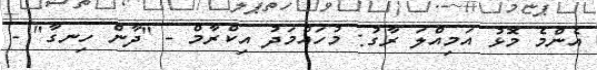
އެންމެ މޮޅު އަމިއްލަ ރާގު: މުހައްމަދު އިކްރާމް - "ދާން ހިނގާ" -